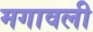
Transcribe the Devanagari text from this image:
मगावली